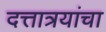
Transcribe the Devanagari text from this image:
दत्तात्रयांचा